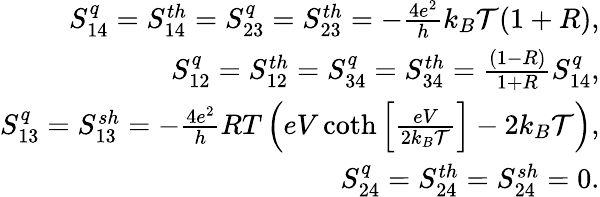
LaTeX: \begin{array}{r}{S_{14}^{q}={S_{14}^{th}}=S_{23}^{q}={S_{23}^{th}}=-\frac{4e^{2}}{h}k_{B}\mathcal{T}(1+R),}\\ {S_{12}^{q}={S_{12}^{th}}=S_{34}^{q}={S_{34}^{th}}=\frac{(1-R)}{1+R}S_{14}^{q},}\\ {S_{13}^{q}={S_{13}^{sh}}=-\frac{4e^{2}}{h}RT\left(eV\coth\left[\frac{eV}{2k_{B}\mathcal{T}}\right]-2k_{B}\mathcal{T}\right),}\\ {{S_{24}^{q}=S_{24}^{th}=S_{24}^{sh}=0.}}\end{array}